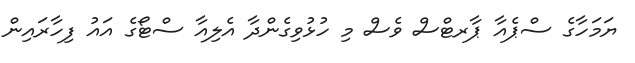
ޔަމަހާގެ ސްޕެއާ ޕާރޓްސް ވެސް މި ހުޅުވިގެންދާ އެލިއާ ސްޓޯގެ އައު ފިހާރައިން